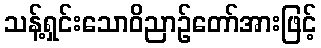
သန့်ရှင်းသောဝိညာဉ်တော်အားဖြင့်